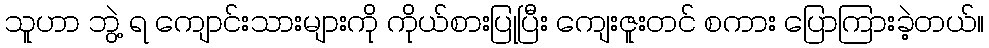
သူဟာ ဘွဲ့ ရ ကျောင်းသားများကို ကိုယ်စားပြုပြီး ကျေးဇူးတင် စကား ပြောကြားခဲ့တယ်။